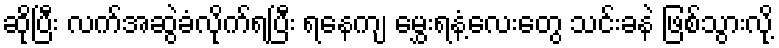
ဆိုပြီး လက်အဆွဲခံလိုက်ရပြီး ရနေကျ မွှေးရနံ့လေးတွေ သင်းခနဲ ဖြစ်သွားလို့